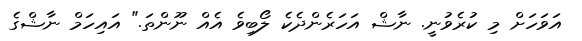
އަވަހަށް މި ކުރެވުނީ. ނާޝް އަަހަރެންދެކެ ލޯބިވެ އެއް ނޫންތަ." އައިހަމް ނާޝްގެ